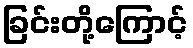
ခြင်းတို့ကြောင့်